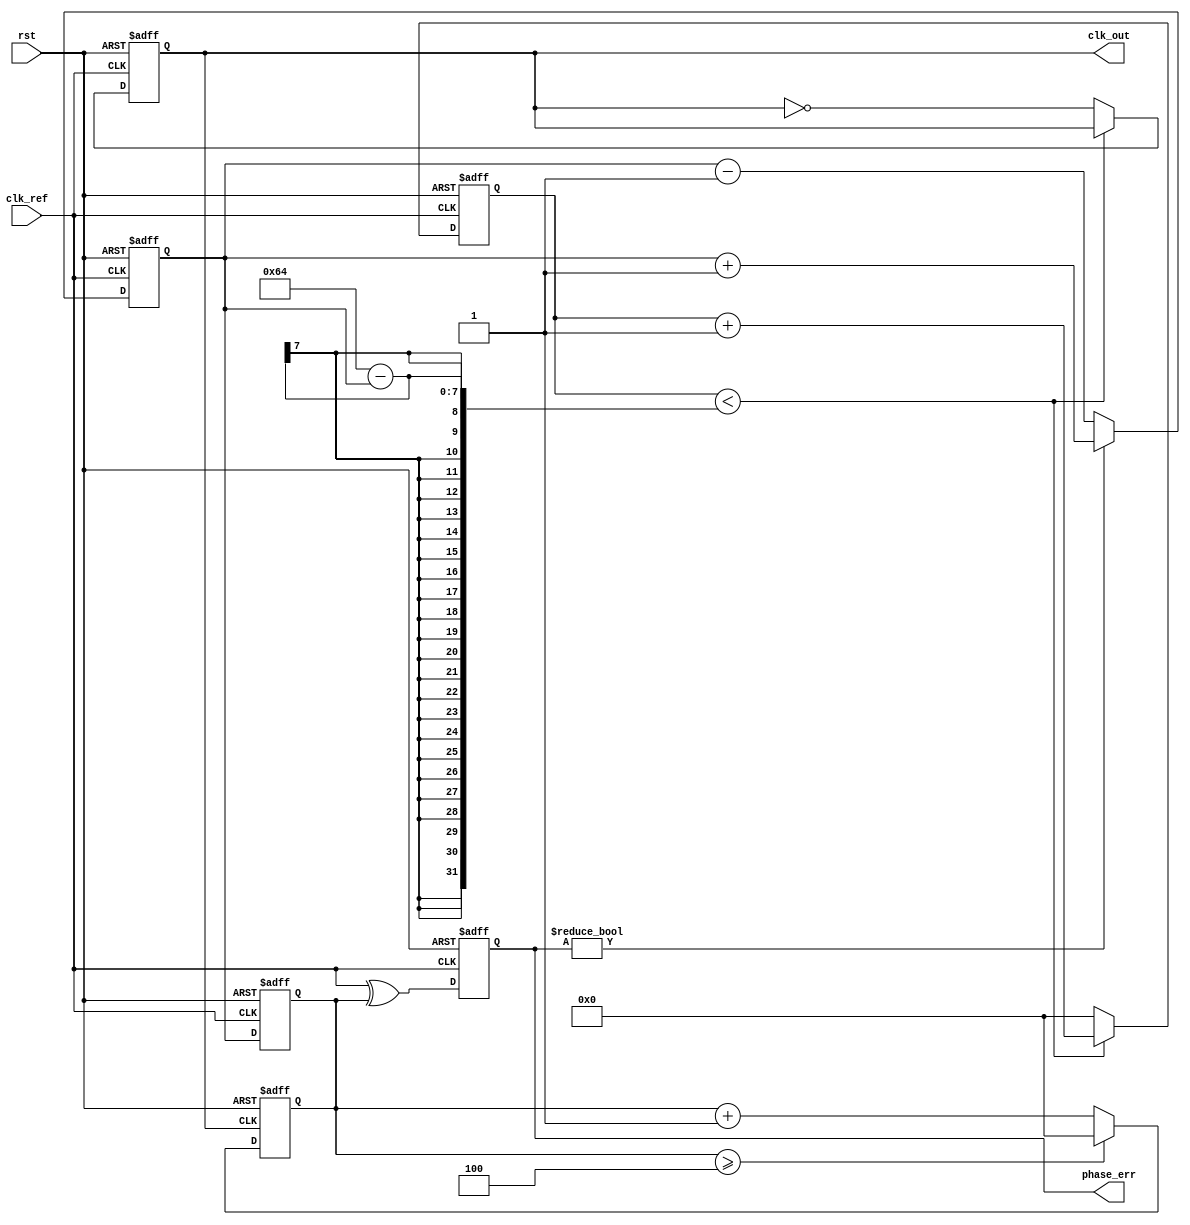
module integer_n_pll (
    input wire clk_ref,         // Reference clock input
    input wire rst,             // Reset signal
    output reg clk_out,         // Output clock signal
    output reg [N-1:0] phase_err // Phase error output
);

parameter N = 4;               // Integer division factor
parameter VCO_MAX_FREQ = 100; // Maximum VCO frequency
parameter VCO_MIN_FREQ = 10;  // Minimum VCO frequency

// Internal signals
reg [N-1:0] feedback_div;      // Feedback divider output
reg [N-1:0] vco_count;         // VCO counter
reg [N-1:0] control_voltage;   // Control voltage for VCO
reg [N-1:0] phase_detector_out; // Output from phase detector

// Phase Detector
always @(posedge clk_ref or posedge rst) begin
    if (rst) begin
        phase_err <= 0;
    end else begin
        // Simple phase detector logic (XOR for example)
        phase_err <= clk_ref ^ feedback_div;
    end
end

// Charge Pump
always @(posedge clk_ref or posedge rst) begin
    if (rst) begin
        control_voltage <= 0;
    end else begin
        // Charge pump logic
        if (phase_err) begin
            control_voltage <= control_voltage + 1; // Increase control voltage
        end else begin
            control_voltage <= control_voltage - 1; // Decrease control voltage
        end
    end
end

// Loop Filter (Simple First Order)
always @(posedge clk_ref or posedge rst) begin
    if (rst) begin
        feedback_div <= 0;
    end else begin
        // Simple low-pass filter behavior
        feedback_div <= control_voltage; // Directly use control voltage for feedback
    end
end

// Voltage-Controlled Oscillator (VCO)
always @(posedge clk_ref or posedge rst) begin
    if (rst) begin
        vco_count <= 0;
        clk_out <= 0;
    end else begin
        // VCO logic (simple counter based on control voltage)
        if (vco_count < (VCO_MAX_FREQ - control_voltage)) begin
            vco_count <= vco_count + 1;
        end else begin
            clk_out <= ~clk_out; // Toggle output clock
            vco_count <= 0; // Reset counter
        end
    end
end

// Feedback Divider
always @(posedge clk_out or posedge rst) begin
    if (rst) begin
        feedback_div <= 0;
    end else begin
        feedback_div <= feedback_div + 1;
        if (feedback_div >= N) begin
            feedback_div <= 0; // Reset feedback divider
        end
    end
end

endmodule